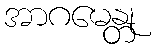
အာဂမေန္တု